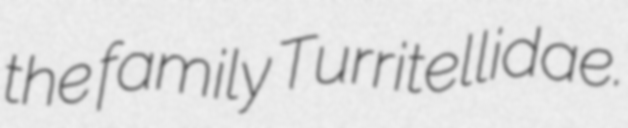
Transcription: the family Turritellidae.